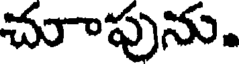
చూాపును.